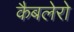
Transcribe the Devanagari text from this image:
कैबलेरो